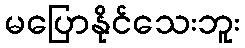
မပြောနိုင်သေးဘူး